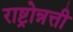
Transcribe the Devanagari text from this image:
राष्ट्रोन्नत्ती